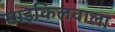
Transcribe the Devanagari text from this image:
साइकिलवाला